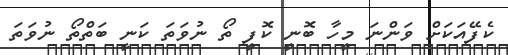
ކެފޭއަކަށް ވަންނަ މީހާ ބޮނީ ކޮފީ ތޯ ނުވަތަ ކަނީ ބަތްތޯ ނުވަތަ